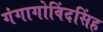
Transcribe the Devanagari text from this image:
गंगागोविंदसिंह